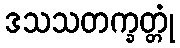
ဒသသတက္ခတ္တုံ